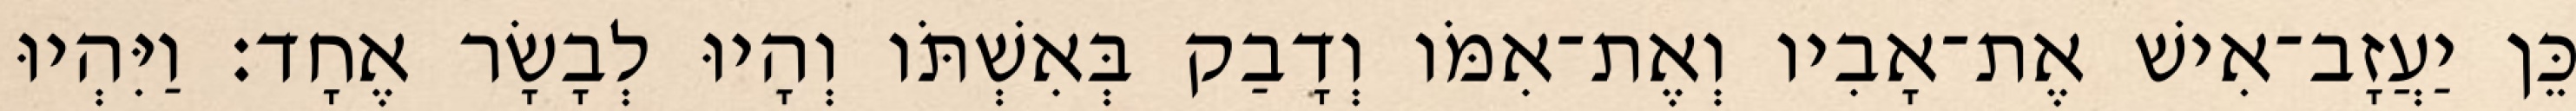
כֵּן יַעֲזָב־אִישׁ אֶת־אָבִיו וְאֶת־אִמֹּו וְדָבַק בְּאִשְׁתֹּו וְהָיוּ לְבָשָׂר אֶחָד׃ וַיִּהְיוּ